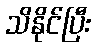
သိနိုင်ပြီး